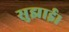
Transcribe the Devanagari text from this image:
सुझाई।